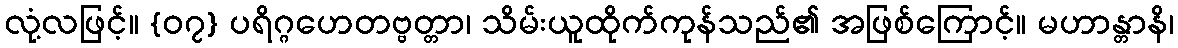
လုံ့လဖြင့်။ {၀၇} ပရိဂ္ဂဟေတဗ္ဗတ္တာ၊ သိမ်းယူထိုက်ကုန်သည်၏ အဖြစ်ကြောင့်။ မဟာန္တာနိ၊